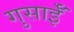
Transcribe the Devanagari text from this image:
गुसाईँ